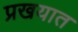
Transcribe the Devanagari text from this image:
प्रखयात